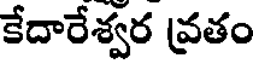
కేదారేశ్వర వ్రతం